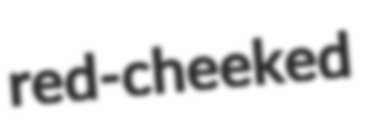
red-cheeked